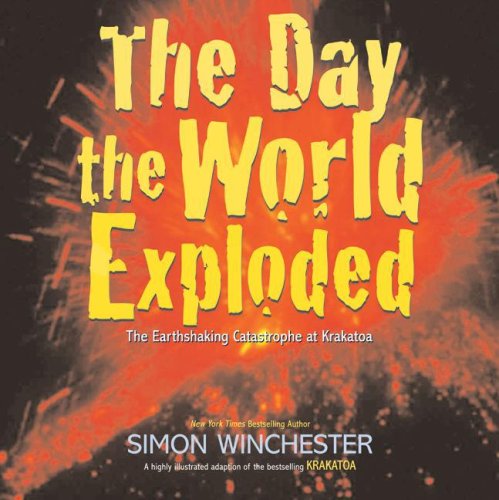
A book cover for The Day the World Exploded: The Earthshaking Catastrophe at Krakatoa; Simon Winchester; Children's Books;